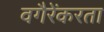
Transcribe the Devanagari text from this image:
वगैरेंकरता